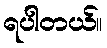
ရပါတယ်။